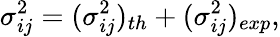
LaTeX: \sigma_{ij}^{2}=(\sigma_{ij}^{2})_{th}+(\sigma_{ij}^{2})_{exp},